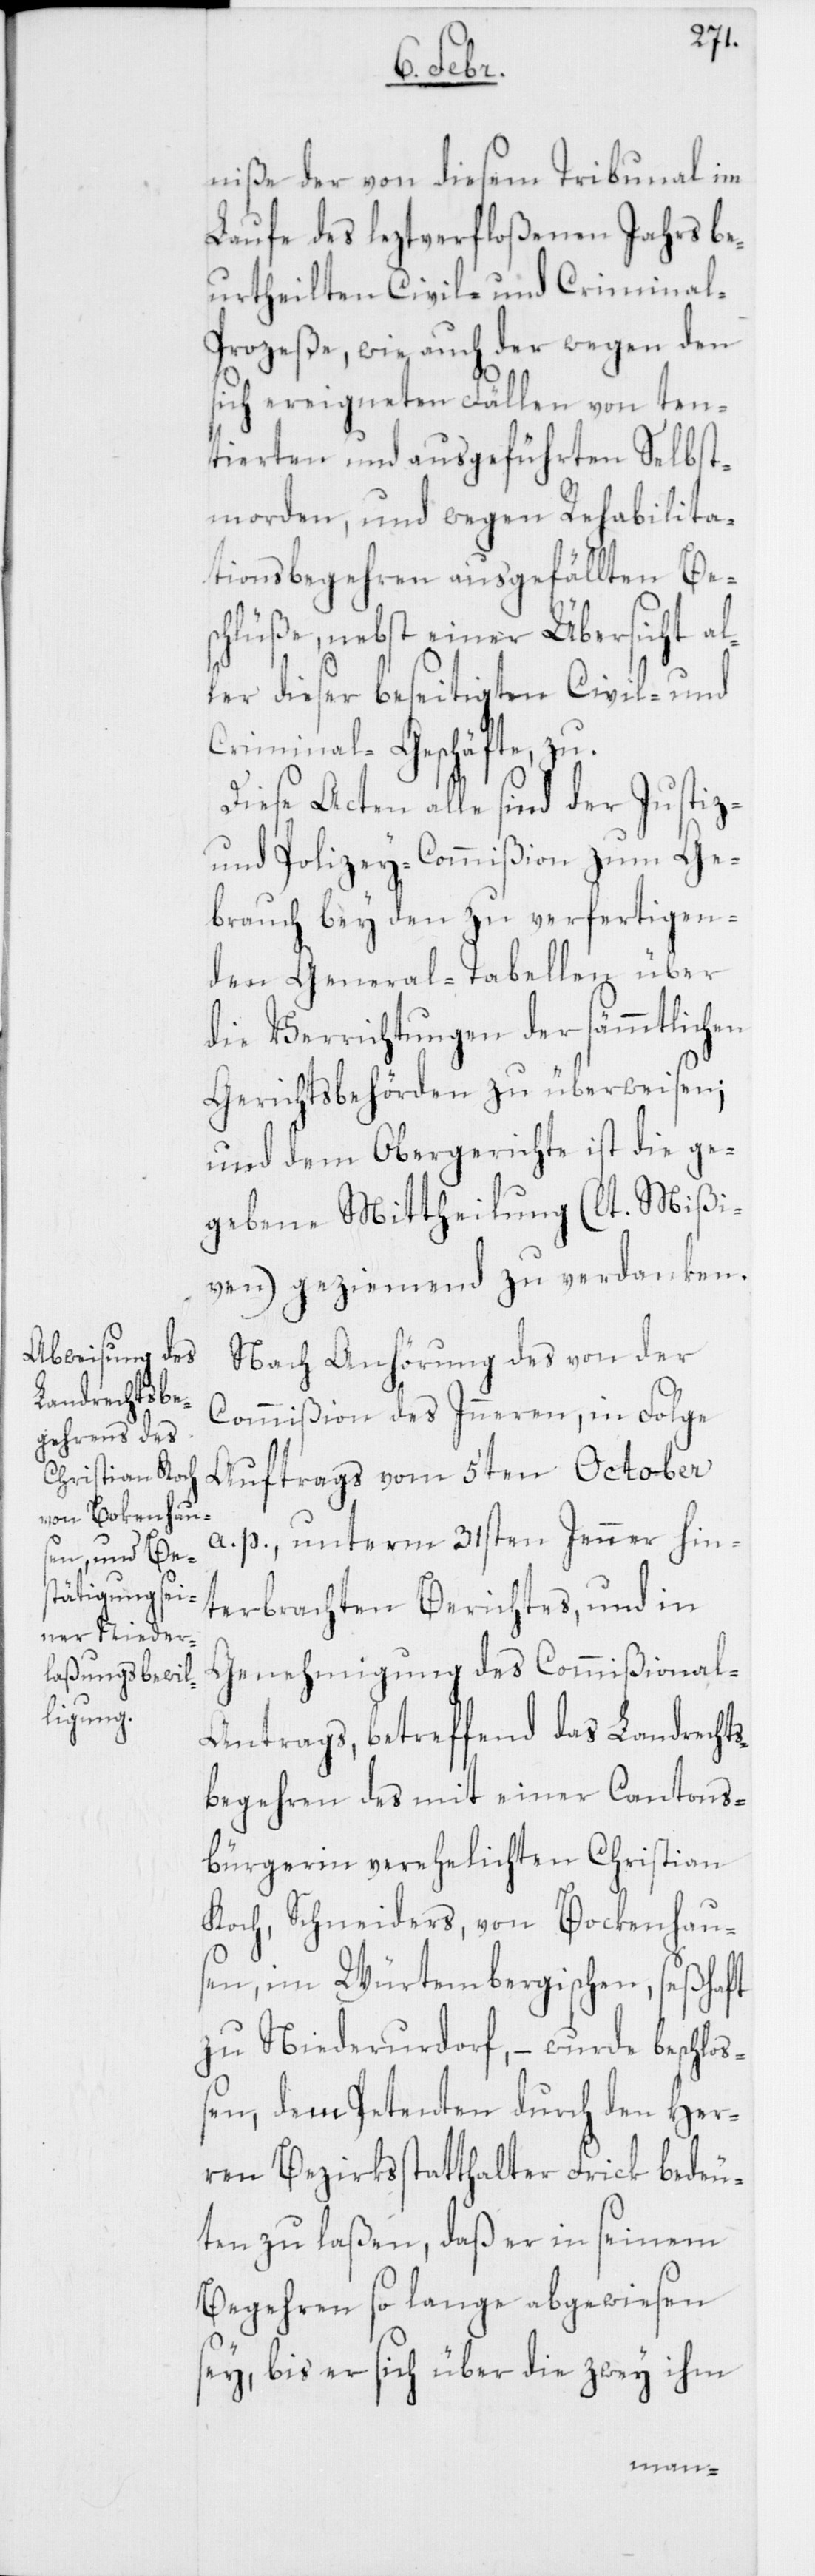
niße der von diesem Tribunal im
Laufe des leztverfloßenen Jahrs be¬
urtheilten Civil- und Crimina¬
l-Prozeße, wie auch der wegen den
sich ereigneten Fällen von ten¬
tierten und ausgeführten Selbst¬
morden, und wegen Rehabilita¬
tionsbegehren ausgefällten Bes¬
chlüße, nebst einer Übersicht al¬
ler dieser beseitigten Civil- und
Criminal-Geschäfte, zu.
Diese Acten alle sind der Justiz-
und Polizey-Commißion zum Ge¬
brauch bey den zu verfertigen¬
den General-Tabellen über
die Verrichtungen der sämmtlichen
Gerichtsbehörden zu überweisen;
und dem Obergerichte ist die ge¬
gebene Mittheilung (lt. Mißi¬
ven) geziemend zu verdanken.
Nach Anhörung des von der
Commißion des Inneren, in Folge
Auftrags vom 5ten October
a. p., unterm 31sten Jenner hin¬
terbrachten Berichtes, und in
Genehmigung des Commißional-A¬
ntrags, betreffend das Landrechts¬
begehren des mit einer Cantons¬
bürgerin verehelichten Christian
Koch, Schneiders, von Bockenhau¬
sen, im Würtembergischen, seßhaft
zu Niederurdorf, – wurde beschlo¬
ßen, dem Petenten durch den Her¬
ren Bezirksstatthalter Frick bedeu¬
ten zu laßen, daß er in seinem
Begehren so lange abgewiesen
sey, bis er sich über die zwey ihm